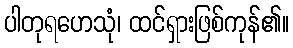
ပါတုရဟေသုံ၊ ထင်ရှားဖြစ်ကုန်၏။